Document type: Sale
Year: 1326
Scribe: Bartomeu Marc
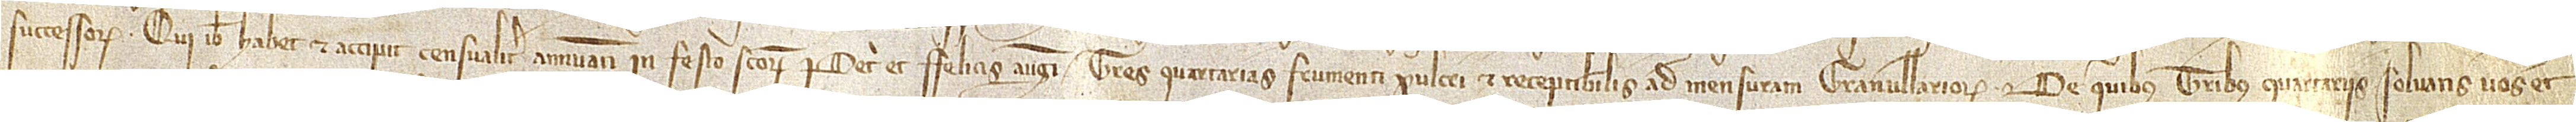
successorum, qui ibi habet et accipit censualiter annuatim in festo Sanctorum Petri et Felicis augusti tres quartarias frunenti pulcri et receptibilis ad mensuram Granullariorum. De quibus tribus quartariis solvatis vos et